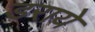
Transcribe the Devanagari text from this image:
डराये